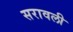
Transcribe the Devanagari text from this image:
सरावली